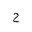
Letter: _ha